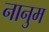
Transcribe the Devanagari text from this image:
नानुम